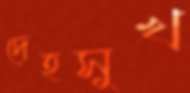
দেহসুখ